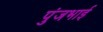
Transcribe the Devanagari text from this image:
पुंजभाई